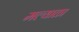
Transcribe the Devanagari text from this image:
मल्याळा